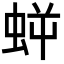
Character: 𧊜